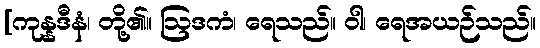
[ကုန္နဒီနံ၊ တို့၏။ ဩဒကံ၊ ရေသည်။ ဝါ၊ ရေအယဉ်သည်။